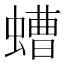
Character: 螬